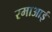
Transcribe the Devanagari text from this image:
रमाआई